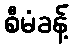
စီမံခန့်